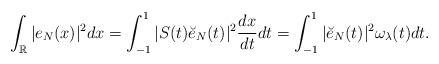
LaTeX: \begin{align*} \int_{\mathbb R} |e_N(x)|^2dx=\int_{-1}^1 |S(t) \breve e_N(t)|^2 \frac{dx}{dt} dt =\int_{-1}^1 |\breve e_N(t)|^2 \omega_\lambda(t) dt.\end{align*}